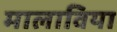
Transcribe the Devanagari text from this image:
मालाविया